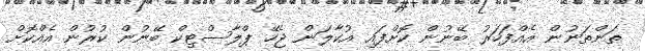
ތަންތަނުން އެއްފަހަރު ބޭނުން ކޮށްފައި އުކާލަން ޖެހޭ ޕްލާސްޓިކް ބޭނުން ކުރުން އެއްކޮށް